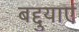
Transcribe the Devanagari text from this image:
बद्दुयाएं